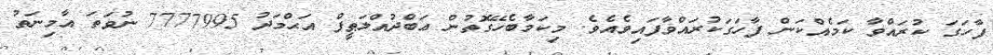
ފާހަގަ ކުރައްވާ ކަމެއްކަން ފާހަގަކުރައްވާފައިވެއެވެ. މިކަމާބެހޭގޮތުން ޢަބްދުއްލަޠީފް އަޙްމަދު 7777995 ނުވަތަ އާމިނަތު